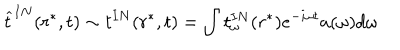
\widehat t ^ { I N } ( r ^ { * } , t ) \sim t ^ { I N } ( r ^ { * } , t ) = \int t _ { \omega } ^ { I N } ( r ^ { * } ) e ^ { - i \omega t } a ( \omega ) d \omega